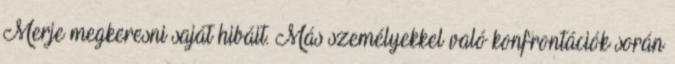
Merje megkeresni saját hibáit. Más személyekkel való konfrontációk során